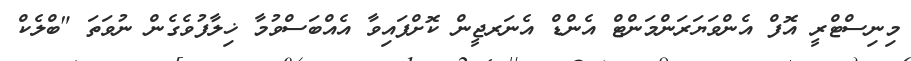
މިނިސްޓްރީ އޮފް އެންވަޔަރަންމަންޓް އެންޑް އެނަރޖީން ކޮށްފައިވާ އެއްބަސްވުމާ ޚިލާފުވެގެން ނުވަތަ "ބްލެކް